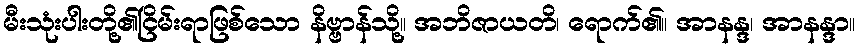
မီးသုံးပါးတို့၏ငြိမ်းရာဖြစ်သော နိဗ္ဗာန်သို့။ အဘိဇာယတိ၊ ရောက်၏။ အာနန္ဒ၊ အာနန္ဒာ။